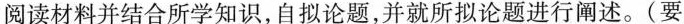
阅读材料并结合所学知识，自拟论题，并就所拟论题进行阐述。(要